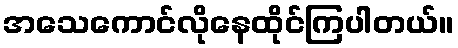
အသေကောင်လိုနေထိုင်ကြပါတယ်။